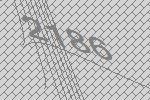
2186